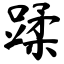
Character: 鞣